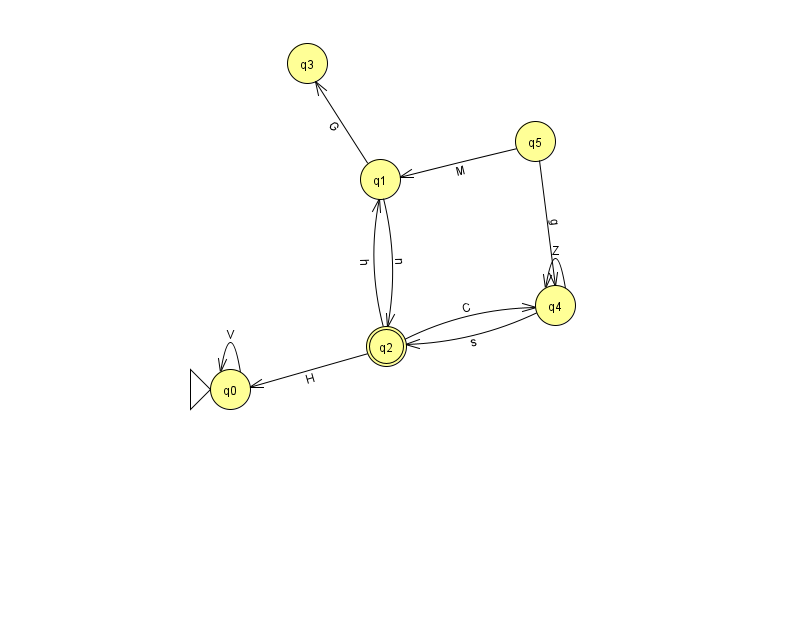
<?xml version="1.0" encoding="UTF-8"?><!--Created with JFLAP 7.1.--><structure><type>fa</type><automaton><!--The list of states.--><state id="0" name="q0"><x>230.0</x><y>376.0</y><initial/></state><state id="1" name="q1"><x>380.0</x><y>166.0</y></state><state id="2" name="q2"><x>386.0</x><y>333.0</y><final/></state><state id="3" name="q3"><x>307.0</x><y>50.0</y></state><state id="4" name="q4"><x>555.0</x><y>292.0</y></state><state id="5" name="q5"><x>535.0</x><y>128.0</y></state><!--The list of transitions.--><transition><from>2</from><to>4</to><read>C</read></transition><transition><from>4</from><to>2</to><read>s</read></transition><transition><from>2</from><to>0</to><read>H</read></transition><transition><from>5</from><to>4</to><read>g</read></transition><transition><from>1</from><to>3</to><read>G</read></transition><transition><from>0</from><to>0</to><read>V</read></transition><transition><from>2</from><to>1</to><read>h</read></transition><transition><from>4</from><to>4</to><read>Z</read></transition><transition><from>1</from><to>2</to><read>n</read></transition><transition><from>5</from><to>1</to><read>M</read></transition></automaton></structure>